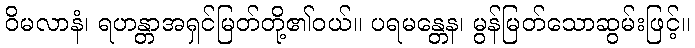
ဝိမလာနံ၊ ရဟန္တာအရှင်မြတ်တို့၏ဝယ်။ ပရမန္တေန၊ မွန်မြတ်သောဆွမ်းဖြင့်။